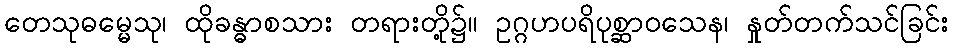
တေသုဓမ္မေသု၊ ထိုခန္ဓာစသား တရားတို့၌။ ဥဂ္ဂဟပရိပုစ္ဆာဝသေန၊ နှုတ်တက်သင်ခြင်း